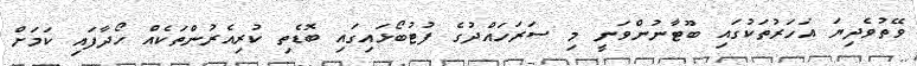
ވޭތުވެދިޔަ އަހަރުތަކުގައި ބޫޓާނުންވަނީ މި ސަރަހައްދުގެ ފުޓުބޯޅައިގައި ބޮޑެތި ކުރިއެރުންތަކެއް ހޯދާފައި ކަމަށް